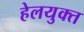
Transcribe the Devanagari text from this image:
हेलयुक्त